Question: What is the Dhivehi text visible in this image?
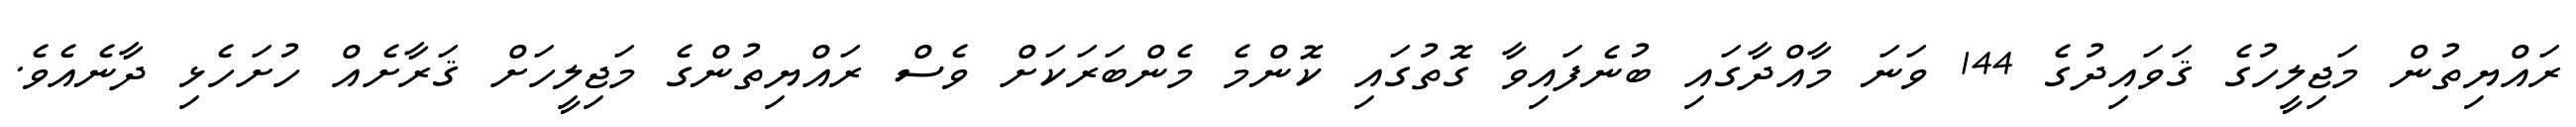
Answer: ރައްޔިތުން މަޖިލީހުގެ ޤަވައިދުގެ 144 ވަނަ މާއްދާގައި ބުނެފައިވާ ގޮތުގައި ކޮންމެ މެންބަރަކަށް ވެސް ރައްޔިތުންގެ މަޖިލީހަށް ޤަރާށެއް ހުށަހެޅި ދާނެއެވެ.